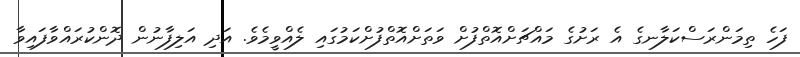
ފަހެ ތިމަންރަސްކަލާނގެ އެ ރަށުގެ މައްޗަށްއޮތްފުށް ވަތަށްއޮތްފުށްކަމުގައި ލެއްވީމެވެ. އަދި އަލިފާނުން ދޮންކުރައްވާފައިވާ